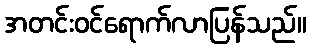
အတင်းဝင်ရောက်လာပြန်သည်။